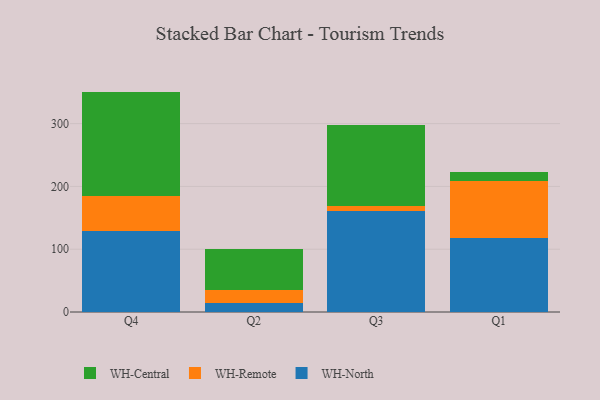
{"axis": {"x": "Quarter", "y": "Gross Profit (USD K)"}, "legend": ["WH-Central", "WH-North", "WH-Remote"], "data": [{"x": "Q4", "y": 128.5, "type": "WH-North"}, {"x": "Q4", "y": 56.0, "type": "WH-Remote"}, {"x": "Q4", "y": 166.5, "type": "WH-Central"}, {"x": "Q2", "y": 15.1, "type": "WH-North"}, {"x": "Q2", "y": 20.4, "type": "WH-Remote"}, {"x": "Q2", "y": 65.6, "type": "WH-Central"}, {"x": "Q3", "y": 160.5, "type": "WH-North"}, {"x": "Q3", "y": 7.7, "type": "WH-Remote"}, {"x": "Q3", "y": 128.9, "type": "WH-Central"}, {"x": "Q1", "y": 118.0, "type": "WH-North"}, {"x": "Q1", "y": 91.4, "type": "WH-Remote"}, {"x": "Q1", "y": 13.8, "type": "WH-Central"}]}